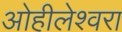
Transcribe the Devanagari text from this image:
ओहीलेश्वरा